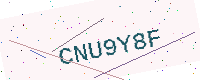
Text: CNU9Y8F